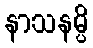
နာသနမ္ပိ